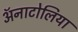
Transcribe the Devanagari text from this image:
ॲनाटोलिया